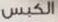
الكبس